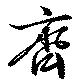
斉